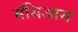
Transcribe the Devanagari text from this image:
मॅथिआस